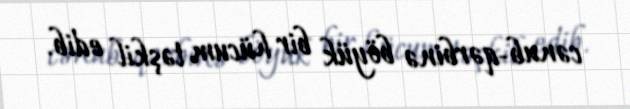
cənub-qərbinə böyük bir hücum təşkil edib.